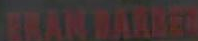
FEANWARDER